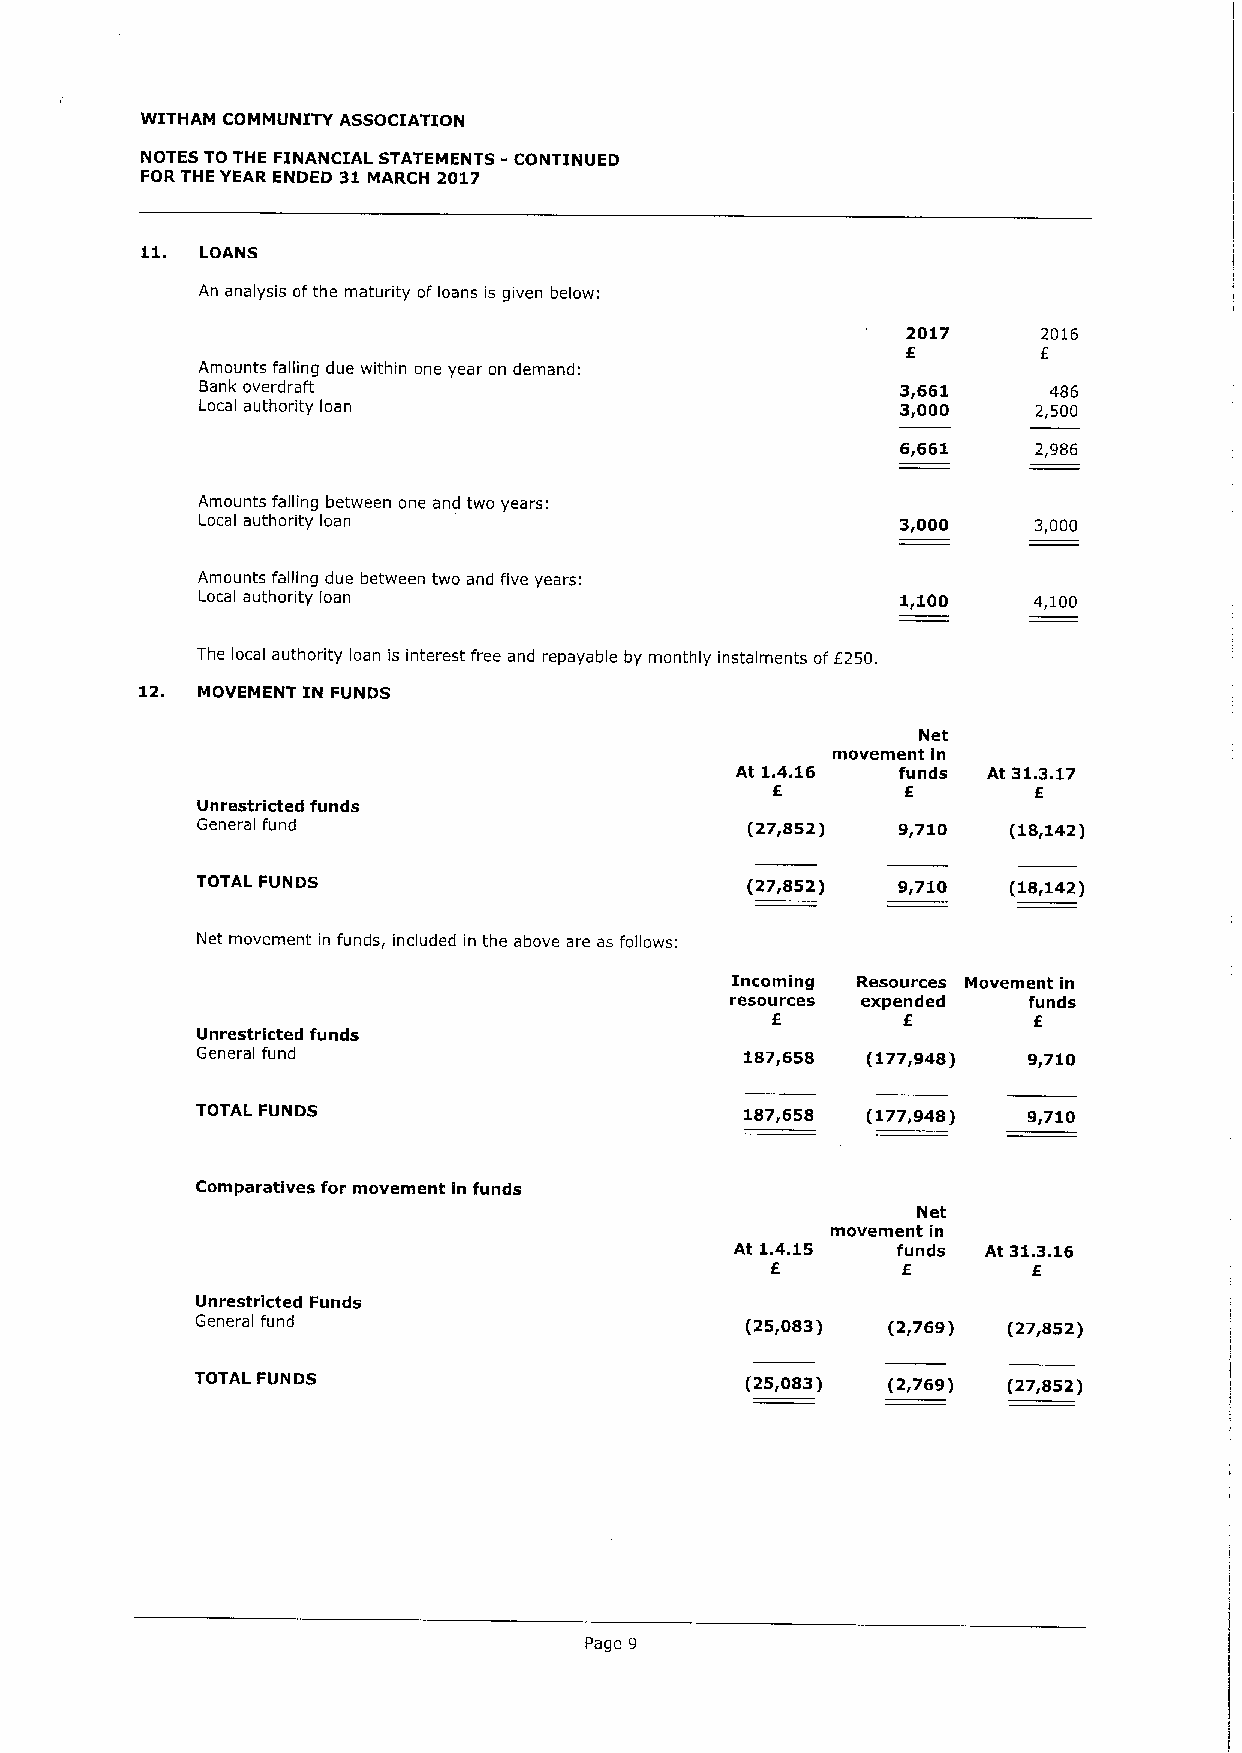
WITHAM COMMUNITY ASSOCIATION
 NOTES TO THE FINANCIAL STATEMENTS - CONTINUED
 FOR THE YEAR ENDED 31MARCH 2017
 11.
 LOANS
 An analysis ofthe maturity ofloans is given below.
 2017     2016
 f
 E
 Amounts falling due within one year on demand:
 Bank overdraft                                 3,661    486
 Local authority loan                           3„000    2,500
 6,661    2,986
 Amounts falling between one and two years:
 Local authority loan                           3,000   3,000
 Amounts falling due between two and five years:
 Local authority loan                           1,100   4,100
 The local authority loan is interest free and repayable by monthly instalments off250.
 12. MOVEMENT IN FUNDS
 Net
 movement In
 At 1.4.16 funds At 31.3.17
 E        E       E
 Unrestricted funds
 General fund                        (27~852)  9~710   (18g142)
 TOTAL FUNDS                         (27,852)  9~710   (18~142)
 Net movement in funds, included in the above are as follows:
 Incoming Resources Movement in
 resources expended  funds
 E        f       f
 Unrestricted funds
 General fund                        187,658 (177~948)  9g710
 TOTAL FUNDS                         187,658 (177,948)  9,710
 Comparatives for movement in funds
 Net
 movement in
 At 1.4.15 funds At 31.3.16
 E        E       E
 Unrestricted Funds
 General fund                        (25,083)  (2g769) (27I852)
 TOTAL FUNDS                         (25,083)  (2,769) (27,852)
 Page 9